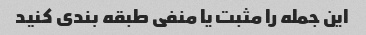
این جمله را مثبت یا منفی طبقه بندی کنید